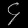
Digit: ၄